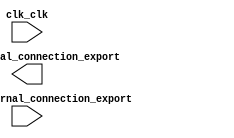

module mon_sopc (
	clk_clk,
	bouttons_external_connection_export,
	leds_external_connection_export);	

	input		clk_clk;
	input	[1:0]	bouttons_external_connection_export;
	output	[7:0]	leds_external_connection_export;
endmodule